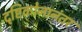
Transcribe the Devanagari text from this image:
दृष्टिकोनानंतर